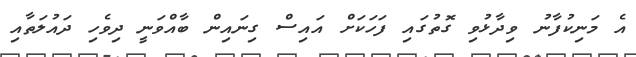
އެ މަނިކުފާނު ވިދާޅުވި ގޮތުގައި ފަހަކަށް އައިސް ގިނައިން ބާއްވަނީ ދިވެހި ދައުލަތާއި